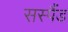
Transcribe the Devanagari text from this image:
सस्पैंड